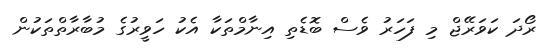
ރޯދަ ކަވަރޭޖް މި ފަހަރު ވެސް ބޮޑެތި އިނާމްތަކާ އެކު ހަވީރުގެ މުބާރާތްތަކުން